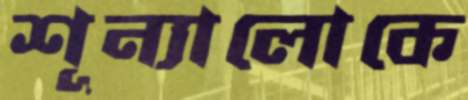
শূন্যালোকে